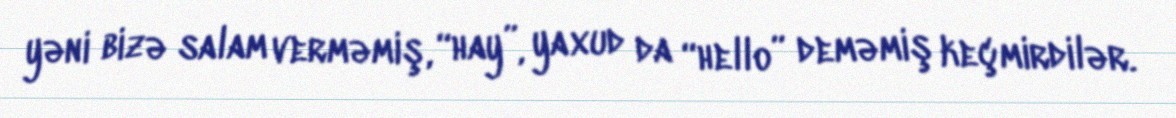
yəni bizə salam verməmiş, “hay”, yaxud da “hello” deməmiş keçmirdilər.